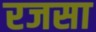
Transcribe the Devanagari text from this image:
रजसा